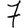
Digit: 7